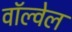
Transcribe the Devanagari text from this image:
वॉल्वेल